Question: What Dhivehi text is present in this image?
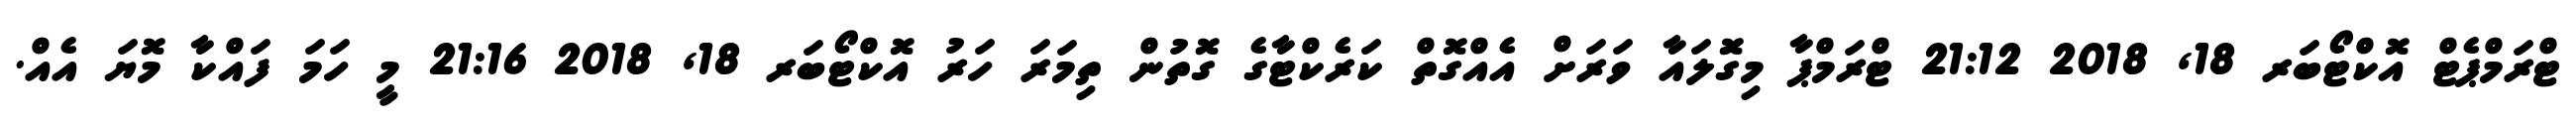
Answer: ޓްރަމްޕެޓް އޮކްޓޯބަރ 18, 2018 21:12 ޓްރަމްޕާ މިގޮަލައާ ވަރަށް އެއްގޮތް ކަރެކްޓާގެ ގޮތުން ތިމަރަ ހަރު އޮކްޓޯބަރ 18, 2018 21:16 މީ ހަމަ ފައްކާ މޮޔަ އެއް.